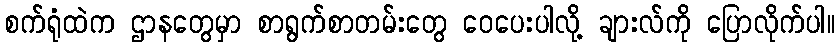
စက်ရုံထဲက ဌာနတွေမှာ စာရွက်စာတမ်းတွေ ဝေပေးပါလို့ ချားလ်ကို ပြောလိုက်ပါ။